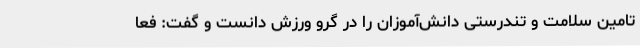
تامین سلامت و تندرستی دانش‌آموزان را در گرو ورزش دانست و گفت: فعا